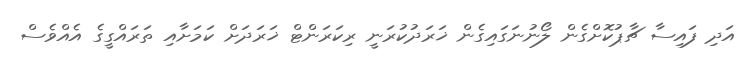
އަދި ފައިސާ ޗާޕުކޮށްގެން ލޯނުނަގައިގެން ޚަރަދުކުރަނީ ރިކަރަންޓް ޚަރަދަށް ކަމަށާއި ތަރައްގީގެ އެއްވެސް